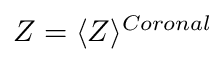
Z = \langle Z \rangle ^ { C o r o n a l }